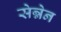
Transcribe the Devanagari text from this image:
सेन्नेन